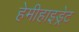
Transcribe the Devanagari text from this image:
हेमीहाइड्रेट